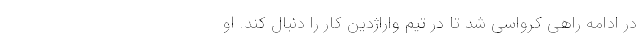
در‌ ادامه راهی کرواسی شد تا در‌ تیم واراژدین کار را دنبال کند. او